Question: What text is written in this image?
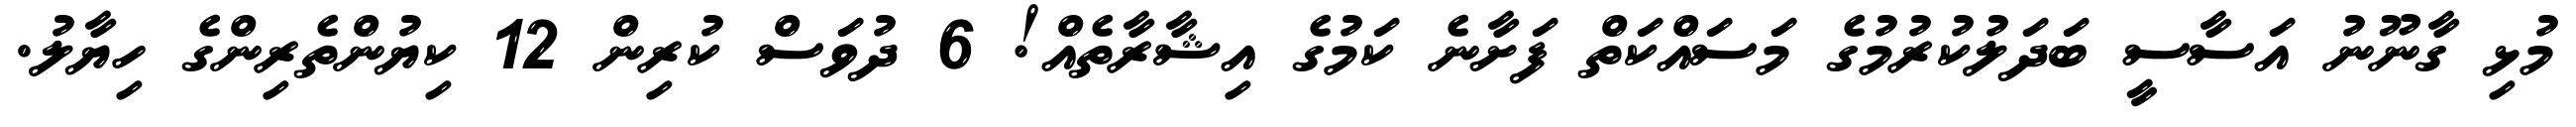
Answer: މުޅި ގާނޫނު އަސާސީ ބަދަލުކުރުމުގެ މަސައްކަތް ފަށާނެ ކަމުގެ އިޝާރާތެއް! 6 ދުވަސް ކުރިން 12 ކިޔުންތެރިންގެ ހިޔާލު.